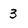
Character: 3